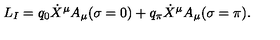
L _ { I } = q _ { 0 } \dot { X } ^ { \mu } A _ { \mu } ( \sigma = 0 ) + q _ { \pi } \dot { X } ^ { \mu } A _ { \mu } ( \sigma = \pi ) .